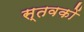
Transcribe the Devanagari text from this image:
स्तवकों